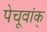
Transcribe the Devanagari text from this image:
पेचूवांक्